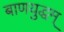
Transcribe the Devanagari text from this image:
बाणयुद्धम्